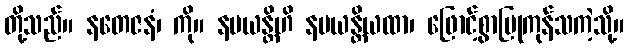
တို့သည်။ နတေဇနံ၊ ကို။ နမယန္တိဟိ နမယန္တိယထာ၊ ဖြောင့်စွာပြုကုန်သကဲ့သို့။